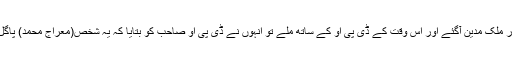
ان دنوں دیدار ملک مدین آگئے اور اس وقت کے ڈی پی او کے ساتھ ملے تو انہوں نے ڈی پی او صاحب کو بتایا کہ یہ شخص(معراج محمد) پاگل ہوگیا ہے ۔